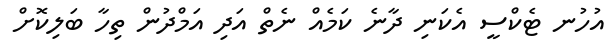
އުހުނ ޓެކްސީ އެކަނި ދާނެ ކަމެއް ނެތް އަދި އަމްދުން ތިހާ ބަލިކޮށް